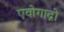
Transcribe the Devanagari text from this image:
एवोगाद्रो